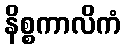
နိစ္စကာလိကံ